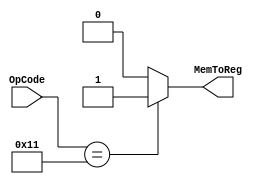

module MemToRegMod (OpCode, MemToReg);

input [4:0]	OpCode;
output		MemToReg;

assign MemToReg = (OpCode == 5'b10001) ? 1'b1 : 1'b0;

endmodule